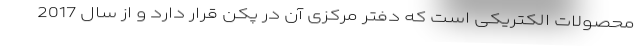
محصولات الکتریکی است که دفتر مرکزی آن در پکن قرار دارد و از سال 2017